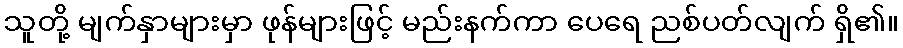
သူတို့ မျက်နှာများမှာ ဖုန်များဖြင့် မည်းနက်ကာ ပေရေ ညစ်ပတ်လျက် ရှိ၏။